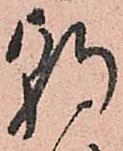
朝